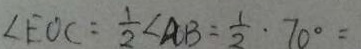
\angle E O C = \frac { 1 } { 2 } \angle A B = \frac { 1 } { 2 } \cdot 7 0 ^ { \circ } =